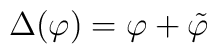
\Delta(\varphi )=\varphi +\tilde{\varphi }